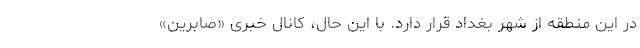
در این منطقه از شهر بغداد قرار دارد. با این حال، کانال خبری «صابرین»